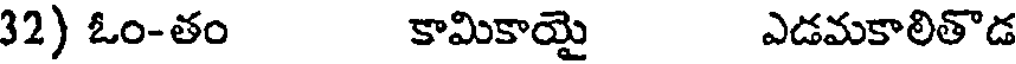
32) ఓం-తం కామికాయై ఎడమకాలితొడ